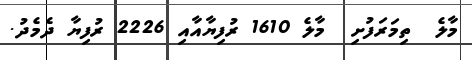
މާލެ  ތިމަރަފުށި  މާލެ 1610 ރުފިޔާއާއި 2226 ރުފިޔާ ދެމެދު.